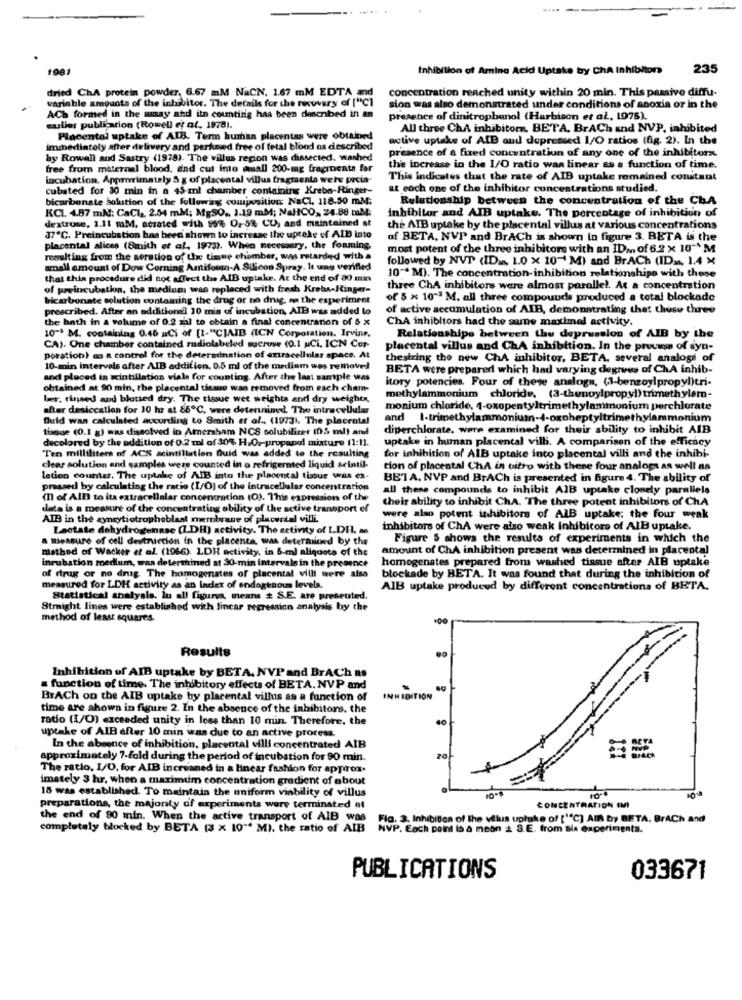
.....
1981
Inhibition of Amino Acid Uptake by ChA Inhibitor
235
dried ChA protein powder, 6.67 mM NaCN, 1.67 mM EDTA and
concentration reached unity within 20 min. This passive diffu-
variable amounts of the inhibitor. The details for the recovery of ["CI
sion was also demonstrated under conditions of anoxia or in the
ACh formed in the sussay and its counting has been described in an
presence of dinitropbunol (Harbison et al, 1975).
culler publication (Rowell et af. 1978).
All three ChA inhibitors, BETA. BrACh and NVP, inhibited
Placental uptake of ALB. Term human placentas were obtained
active uptake of A[B and depressed 1/O ratios (fg. 2). In the
immediately after delivery and perfumed free of fetal blood as described
presence of a fixed concentration of any one of the inhibitora.
hy Rowell aud Sastry (1978). The villus region was dissected. washed
free from maternal blood, and cut into small 200-mg fragroente for
the increase in the I/O ratio was linear as a function of time.
incubation. Appmrimatly 5 g of placental villus fragmenta were prcia-
This indicates that the rate of AIB uptake remained constant
cubated for 30 min in a 45 ml chamber containing Krebs-Ringer-
at each one of the inhibitor concentrations studied.
bicarbonate solution of the following composition NaCl. 118.50 ml:
Relationship between the concentration of the ChA
KCL 4.87 ml: CaCl ,, 2.54 mM; MgSO ., 1.19 mM; NaHCO ,, 24.88 mill:
dextrose, 1.11 mM. acsated with 15% 0,5% CU, and maintained at
inhibitor and AIB uptake. The percentage of inhibition of
the ATB uptake by the placental villus at various concentrations
37℃. Preincubation has been shown to increase the uptake of AIB into
of BETA, NVP and BrACh is shown in figure 3. BETA is the
placental alices (Smith et al, 1973). When necessary, the foaming,
most potent of the three inhibitors with an ID .. of 6.2 x 10"" M
resulting from the aeration of the tisue chamber, was retarded with a
followed by NVT (ID ... 1.0 x 10"' M) and BrACh (IDM. 1.4 ×
small amount of Dow Corning Antifoto-A Silicon Spray. It ung verified
that this procedure did not affect the AlB uptake. At the end of 80 min
10"* M). The concentration-inhibition relationships with these
of preincubation, the medium was replaced with fresh Krebs-Finger-
three ChA inhibitors were almost parallel. At a concentration
bicarbonate solution containing the drug or no drug, ma the experiment
of 5 x 10"3 M. all three compounds produced a total blockade
prescribed. After an additional 10 min of incubation, AIB was added to
of active accumulation of AIB, demonstrating that these three
the hath in & volume of 0.2 zal to obtain a final concentration of 5 x
ChA inhibitors had the same maximal activity.
10-1 M. containing 0.45 aCi of [1-"CJAIB (ICN Corporation, Irvine.
Relationships between the deprusslon of AIB by the
CA). One chamber contained radiolabeled sucrose (0.1 uCi, ICN Cor-
placental villus and ChA inhibition, In the process of syn-
poration) as a control for the determination of extracellular space. At
thestring the new ChA inhibitor, BETA, several analogi of
10-min intervals after AIB addition. 0.5 ml of the medium was removed
BETA were prepared which had varying degnnew of ChA inhib-
and placed in scintillation vials for counting. After the last sample was
itory potencies. Four of these analogs, (1-benzoylpropyl)tri-
obtained at 90 min, the placental tissuo wan removed from each cham-
ber, rinsed and bloused dry. The tissue wet weighta and dry weights,
methylammonium chloride, (3-thenoylpropyl) trimethylam-
after desiccation for 10 hr at 86℃, were detennined The intracellular
monium chloride, 4-oxopentyltrimethylammonium perchlorate
fluid was calculated according to Smith et al ., (1973). The placental
and I-trimethylammonium-4-oxoheptyltrimethylammonium
tissue (0.1 g) was dissolved in Amersham NCS solubilizer (05 ml) and
diperchlorate. were examined for their ability to inhibit AIB
decolored by the addition of 0.2 ml of 30% H.O .- propanol mixture (1:11.
uptake in human placental villi. A comparison of the efficacy
Ten milliliters of ACS scintillatien Duid was added to the resulting
for inhibition of All uptake inco placental villi and the inhibi-
clear solution and samples were counted in o refrigerated liquid scintil-
tion of placental ChA in bitro with these four analoga as well as
lation counter. The uptake of AlB into the placoncal tissue was ex-
BETA, NVP and BrACh is presented in figure 4. The ability of
pressed by calculating the ratio (I/O) of the intracellular concentration
all these compounds to inhibit AIB uptake closely parallels
( of AID to its extracellular concentration (O). This expression of the
their ability to inhibit ChA. The three potent inhibitors of ChA
data is a measure of the concentrating obility of the active transport of
AIB in the syncytiotropheblast membrane of placertal villi.
were also potent inhibitors of AlB uptake; the four weak
Lactate dehydrogenase (1.DH) activity. The activity of LDH. a
inhibitors of ChA were also weak inhibitors of All uptake.
a measure of cell destruction in the placenta, was determined by the
Figure 5 shows the results of experiments in which the
method of Wacker et al. (1966). LDH activity, in 6-ml aliquote of the
amount of ChA inhibition present was determined in placental
homogenates prepared from washed tissue after AIB uptake
incubation medium, was deterthined at 30-min intervals in the presence
of drug or no drug The homogenates of placental villl were also
blockade by BETA. It was found that during the inhibition of
measured for LDH activity as an Index of endogenous levels.
AIB uptake produced by different concentrations of BETA.
Statistical analysis. lu all figurva, means # S.E. are presented.
Straight lines were established with linear regression analysis by the
method of least squares.
Results
Inhibition of AIB uptake by BETA. NVP and BrACh as
a function of time. The inhibitory effects of BETA. NVP and
BYACh on the AIB uptake by placental villus as a function of
INHIBITION
time are shown in figure 2. In the absence of the inhibitors. the
ratio (1/0) exceeded unity in less than 10 min. Therefore, the
40
uptake of AlB after 10 min was due to an active process.
In the absence of inhibition, placental villi concentrated AIB
approximately 7-fold during the period of incubation for 90 min.
The ratio, I/O, for AIB increaned in a linear fashion for approx.
imately 3 hr, when a maximum concentration gradient of about
15 was established. To maintain the uniform viability of villus
19
preparations, the majority of experiments were terminated at
CONCENTRATION EMI
the end of 80 min. When the active transport of AIB was
Fla. 3. Inhibition of the villus upluke of ['"℃] AIR by BETA. BrACh and
completely blocked by BETA (3 X 10" M). the ratio of AIB
NVP. Each point is a meon _ S.E. from sia experiments.
PUBLICATIONS
033671